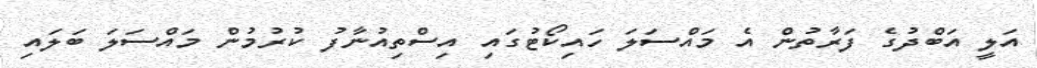
އަލީ އަބްދުގެ ފަރާތުން އެ މައްސަލަ ހައިކޯޓުގައި އިސްތިއުނާފު ކުރުމުން މައްސަލަ ބަލައި